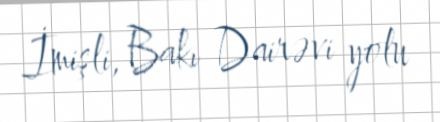
İmişli, Bakı Dairəvi yolu